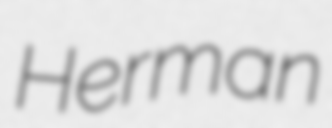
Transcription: Herman